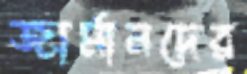
জার্মানদের